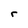
Character: r